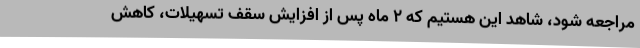
مراجعه شود، شاهد این هستیم که 2 ماه پس از افزایش سقف تسهیلات، کاهش